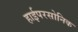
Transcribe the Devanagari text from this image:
हाईपरसोनिक